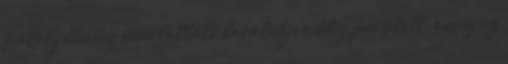
fiatal jelenleg nem látható barátnője addig pucsított, amíg az